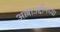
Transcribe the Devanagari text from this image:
अल्लाउद्दीनच्या